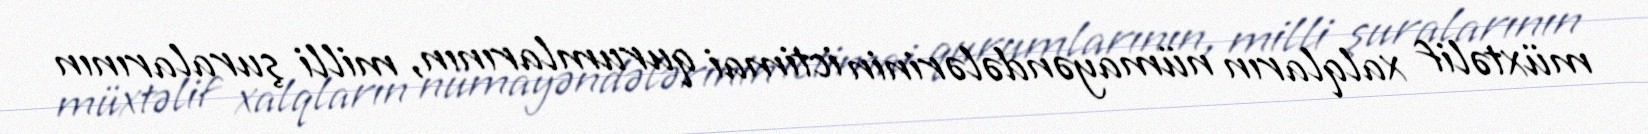
müxtəlif xalqların nümayəndələrinin ictimai qurumlarının, milli şuralarının